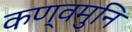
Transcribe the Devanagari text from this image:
कण्वमुनि